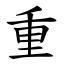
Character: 重